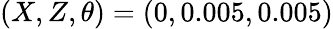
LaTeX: (X,Z,\theta)=(0,0.005,0.005)